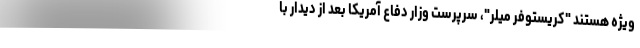
ویژه هستند "کریستوفر میلر"، سرپرست وزار دفاع آمریکا بعد از دیدار با